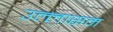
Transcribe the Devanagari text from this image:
उल्लासम